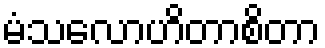
မံသလောဟိတာစိတာ